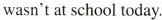
wasn't at school today.